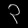
Digit: ၃